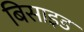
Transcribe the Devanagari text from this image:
बिसाइड